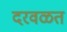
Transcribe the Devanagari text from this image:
दरवळत